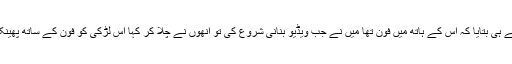
اس نے ہی بتایا کہ اس کے ہاتھ میں فون تھا میں نے جب ویڈیو بنانی شروع کی تو انھوں نے چلا کر کہا اس لڑکی کو فون کے ساتھ پھینک دو۔